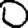
Digit: 0